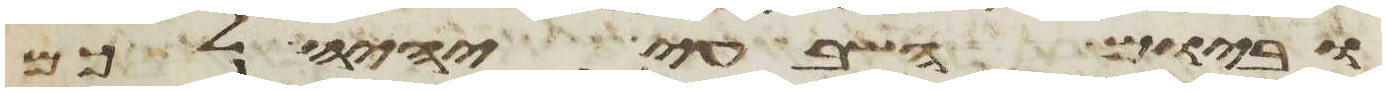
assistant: וביום השביעי יהיה לכם